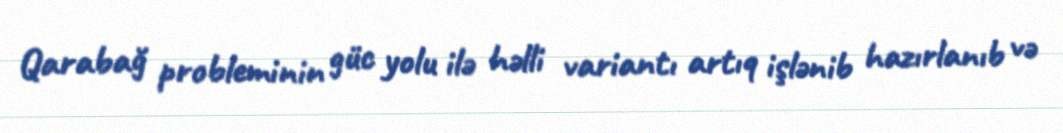
Qarabağ probleminin güc yolu ilə həlli variantı artıq işlənib hazırlanıb və